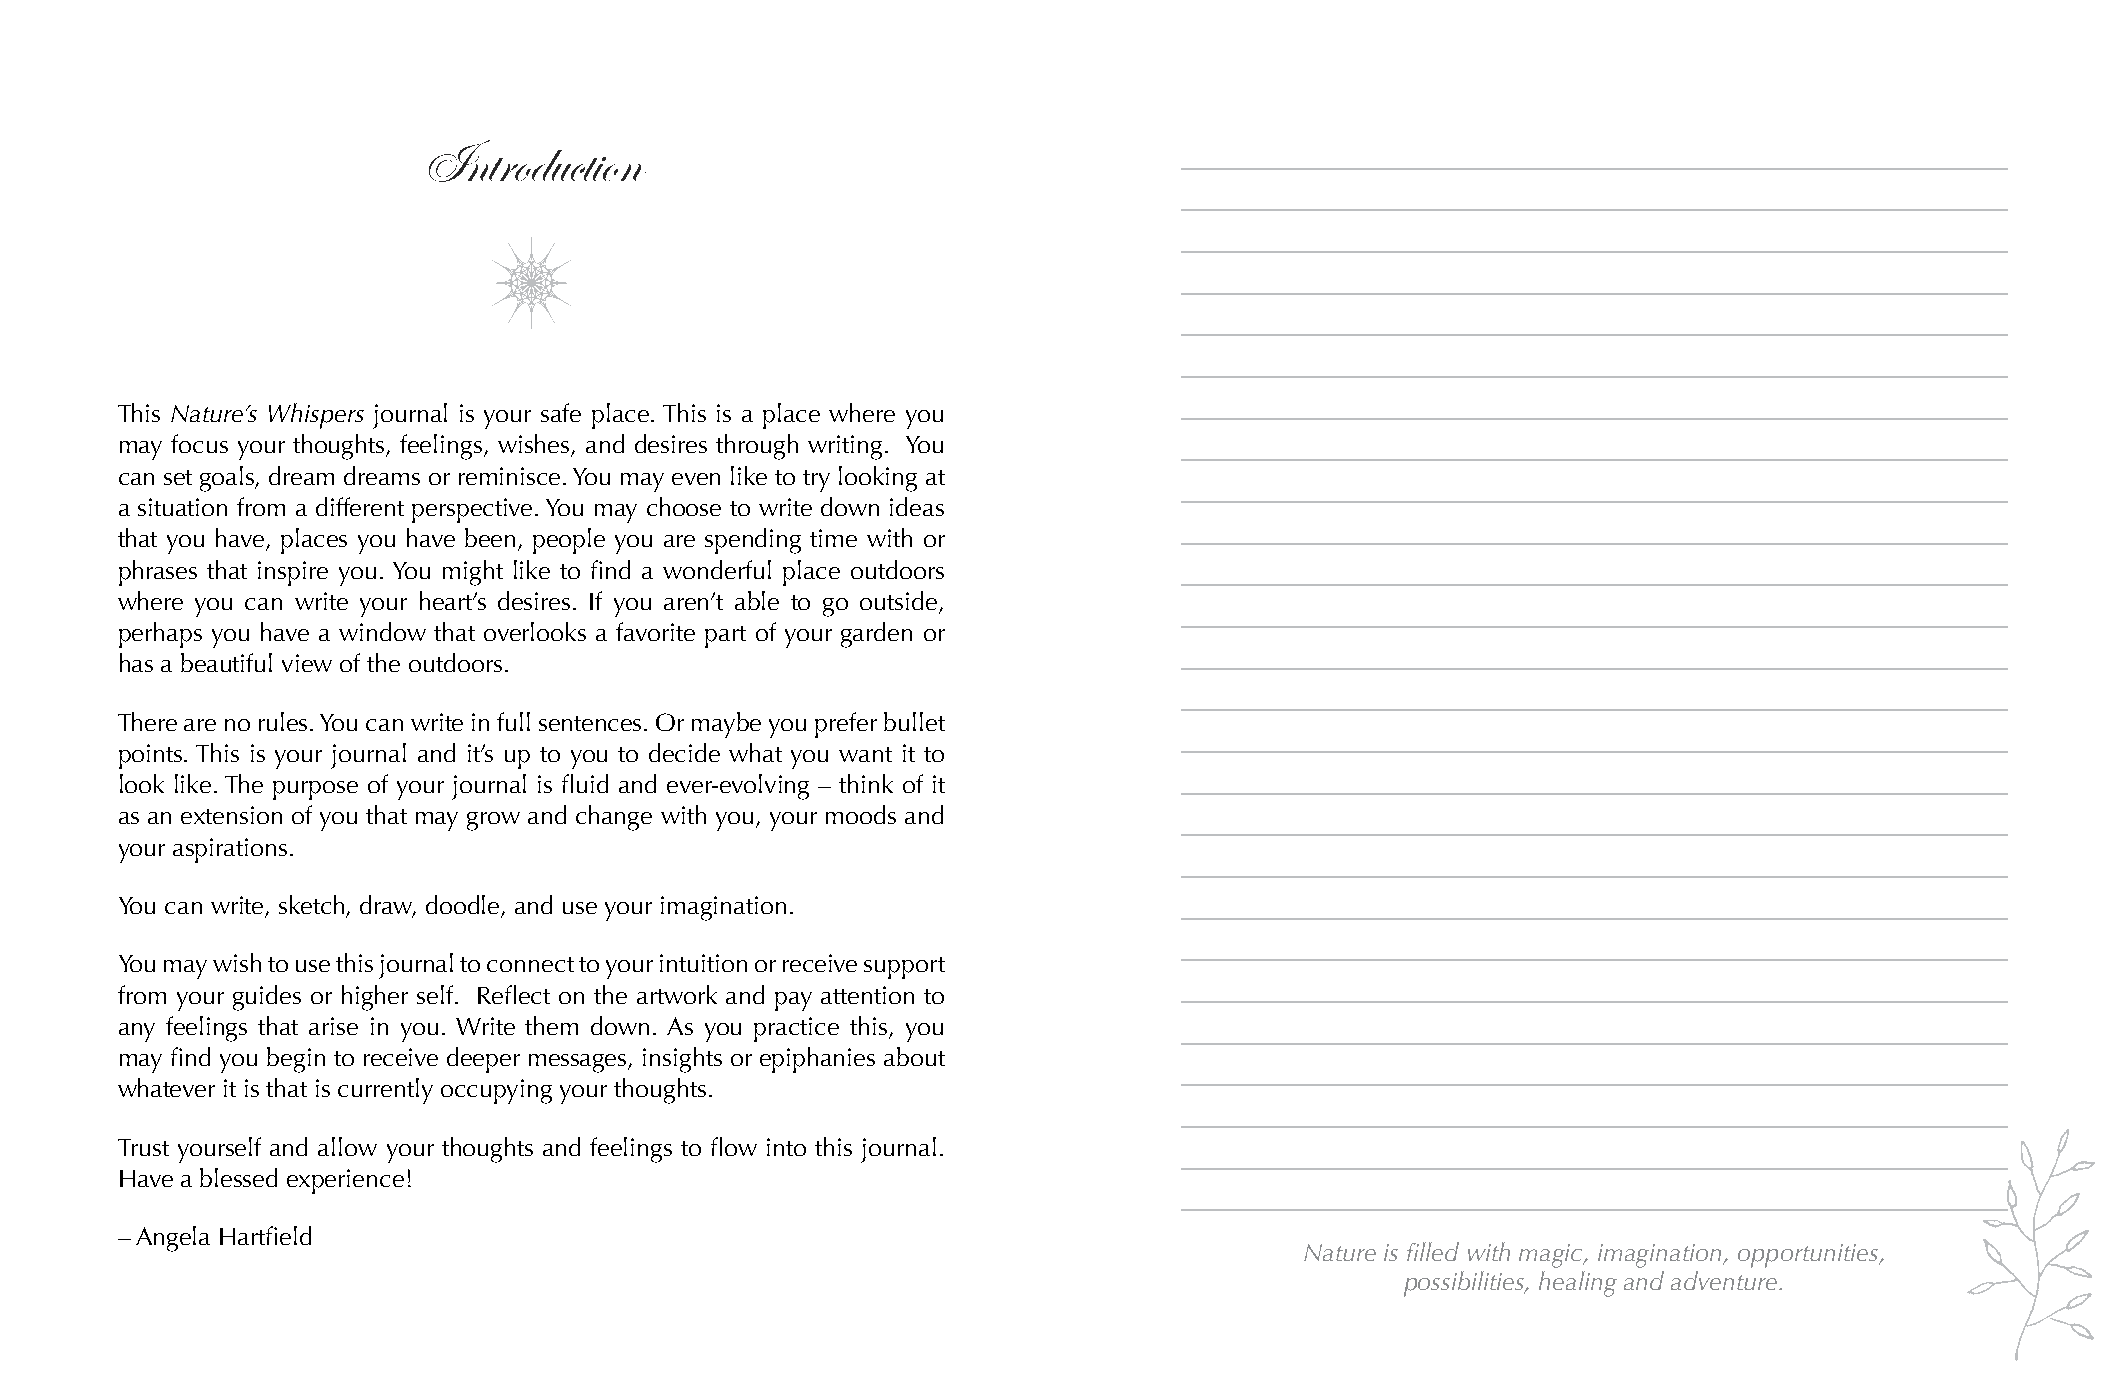
Introduction
 This Nature’s Whispers journal is your safe place. This is a place where you
 may focus your thoughts, feelings, wishes, and desires through writing. You
 can set goals, dream dreams or reminisce. You may even like to try looking at
 a situation from a different perspective. You may choose to write down ideas
 that you have, places you have been, people you are spending time with or
 phrases that inspire you. You might like to find a wonderful place outdoors
 where you can write your heart’s desires. If you aren’t able to go outside,
 perhaps you have a window that overlooks a favorite part of your garden or
 has a beautiful view of the outdoors.
 There are no rules. You can write in full sentences. Or maybe you prefer bullet
 points. This is your journal and it’s up to you to decide what you want it to
 look like. The purpose of your journal is fluid and ever-evolving – think of it
 as an extension of you that may grow and change with you, your moods and
 your aspirations.
 You can write, sketch, draw, doodle, and use your imagination.
 You may wish to use this journal to connect to your intuition or receive support
 from your guides or higher self. Reflect on the artwork and pay attention to
 any feelings that arise in you. Write them down. As you practice this, you
 may find you begin to receive deeper messages, insights or epiphanies about
 whatever it is that is currently occupying your thoughts.
 Trust yourself and allow your thoughts and feelings to flow into this journal.
 Have a blessed experience!
 – Angela Hartfield
 Nature is filled with magic, imagination, opportunities,
 possibilities, healing and adventure.